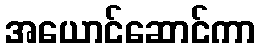
အယောင်ဆောင်ကာ